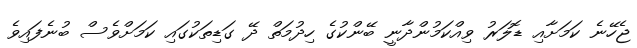
ޖެހޭނެ ކަމަށާއި ޑޮލަރު ވިއްކަމުންދާނީ ބޭންކުގެ ހިދުމަތް ދޭ ގަޑިތަކުގައި ކަމަށްވެސް ބުނެފައިވެ